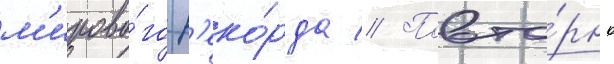
м'ирово́го р'еко́рда // Повто́рно